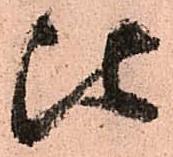
比